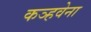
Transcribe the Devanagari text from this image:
कञ्हवेना